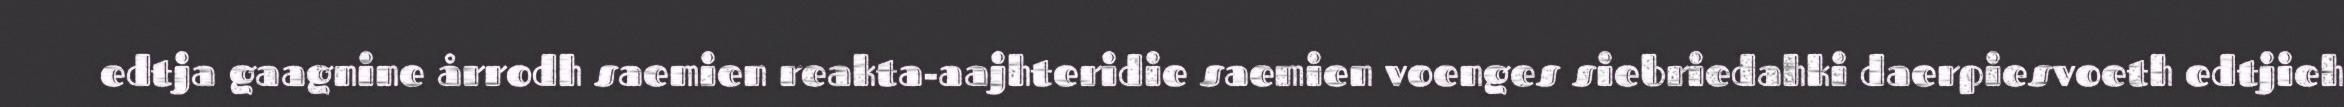
edtja gaagnine årrodh saemien reakta-aajhteridie saemien voenges siebriedahki daerpiesvoeth edtjieh